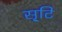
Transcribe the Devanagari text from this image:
सृ्टि